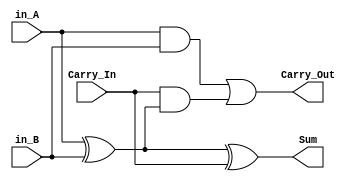
`timescale 1ns / 1ps

module FullAdder(
	input in_A,
	input in_B,
	input Carry_In,
	output Carry_Out,
	output Sum
);

wire First_Xor,First_And, Second_And;
xor find_sum (First_Xor ,in_A, in_B);
xor get_sum (Sum,First_Xor , Carry_In);
and check_carry_inputs (First_And,in_A, in_B);
and check_carry_in (Second_And ,Carry_In, First_Xor);
or get_carry_out (Carry_Out,First_And, Second_And);

endmodule